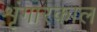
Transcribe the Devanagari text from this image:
शृंगारकाल